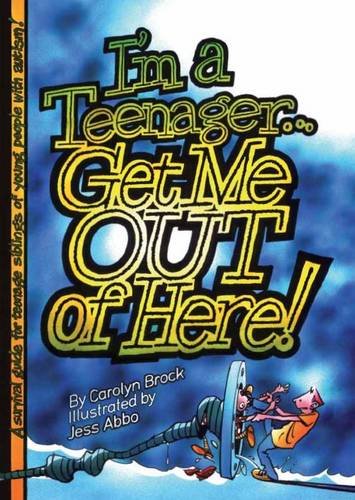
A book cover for I'm a Teenager Get Me Out of Here!: A Survival Guide for the Teenage Siblings of Young People with Autism; Carolyn Brock; Teen & Young Adult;